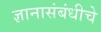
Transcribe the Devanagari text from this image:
ज्ञानासंबंधीचे